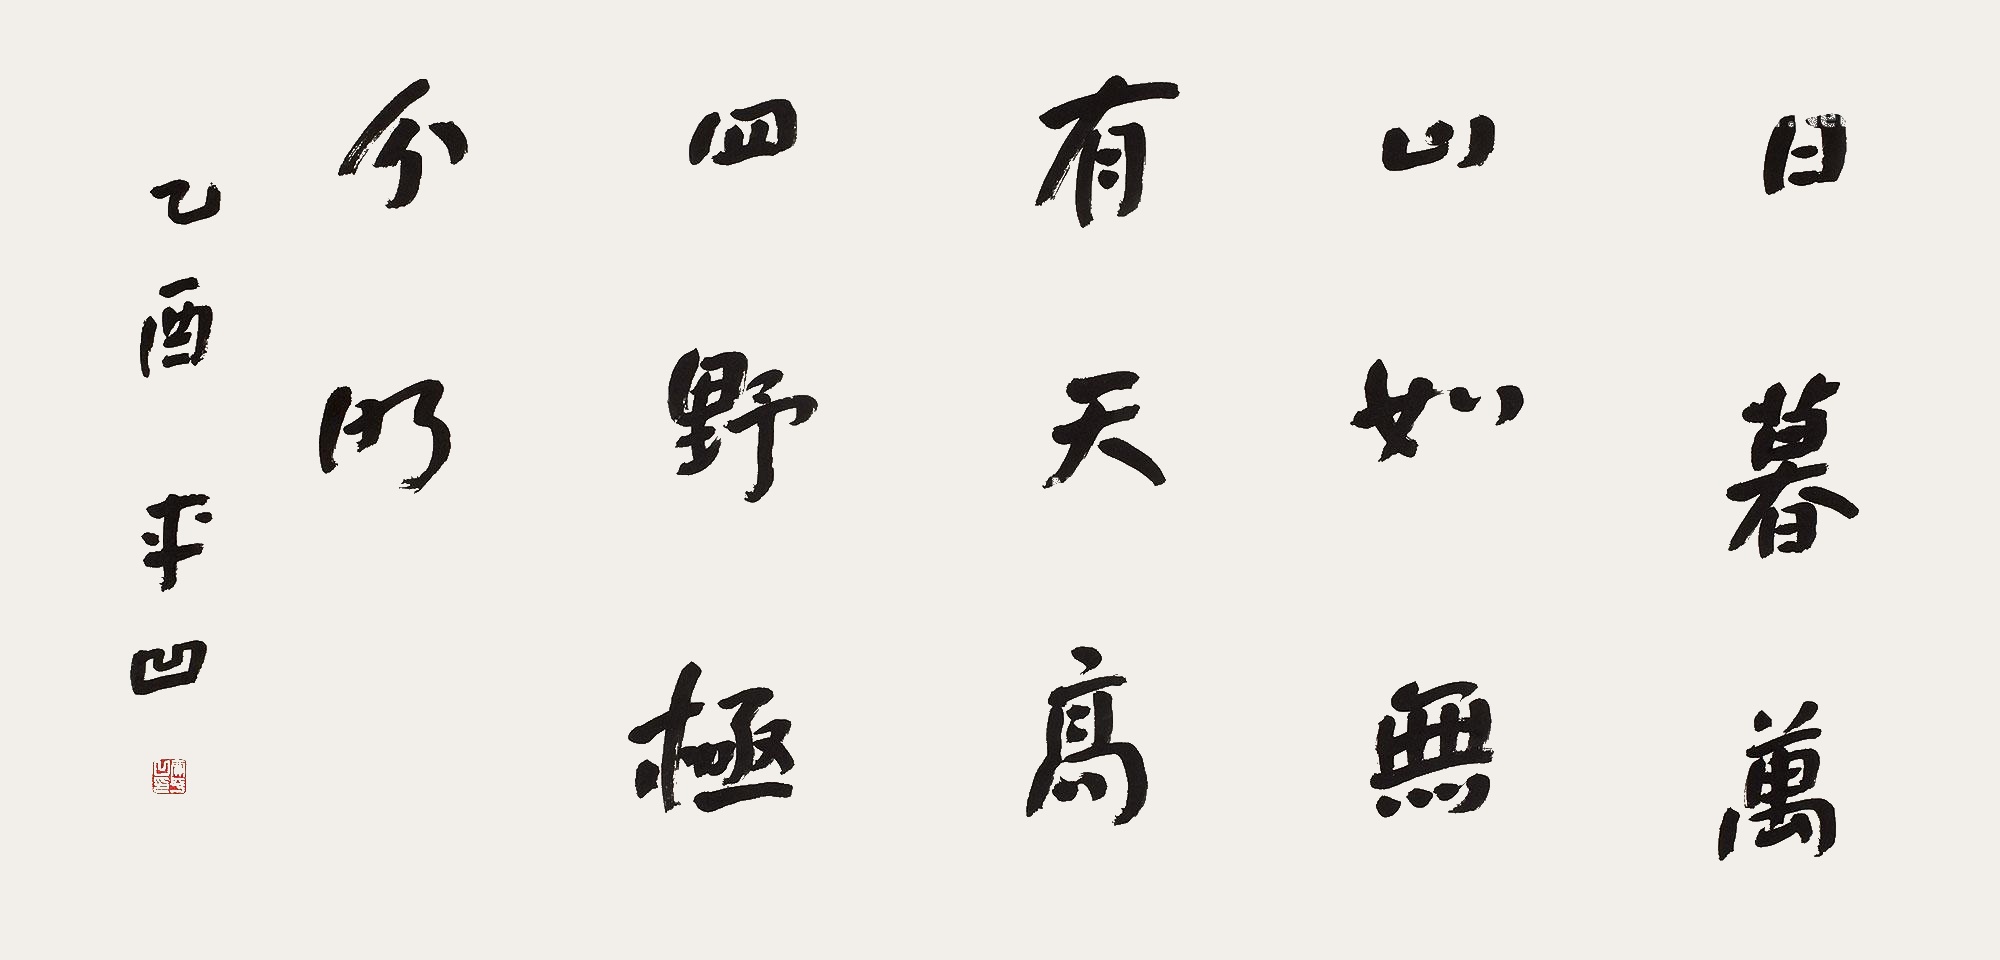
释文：日暮万山如无有，天高四野极分明。乙酉（2005年），平凹。